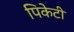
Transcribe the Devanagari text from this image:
पिकेटी